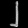
Digit: ၂